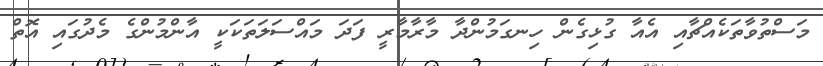
މަސްތުވާތަކެއްޗާއި އެއާ ގުޅިގެން ހިނގަމުންދާ މާރާމާރީ ފަދަ މައްސަލަތަކަކީ އާންމުންގެ މެދުގައި އޮތް